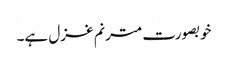
خوبصورت مترنم غزل ہے۔